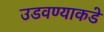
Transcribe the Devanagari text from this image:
उडवण्याकडे